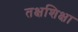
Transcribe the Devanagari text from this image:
तक्षशिक्षा